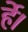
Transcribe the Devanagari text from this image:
र्हे।